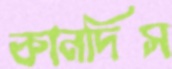
কানদিস